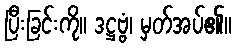
ပြီးခြင်းကို။ ဒဋ္ဌဗ္ဗံ၊ မှတ်အပ်၏။